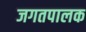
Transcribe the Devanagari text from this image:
जगतपालक